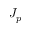
J _ { p }